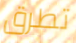
تطرق